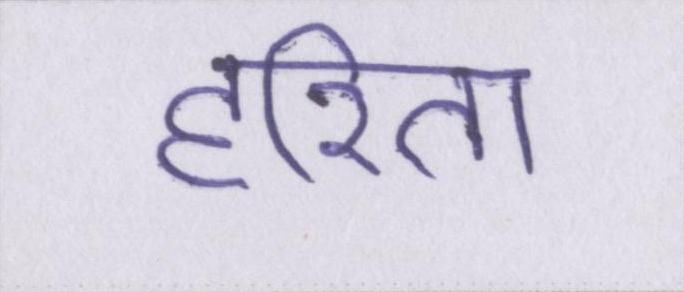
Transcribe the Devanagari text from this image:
हरिता